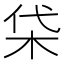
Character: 柋